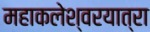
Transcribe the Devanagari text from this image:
महाकलेश्वरयात्रा